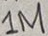
Text: 1M